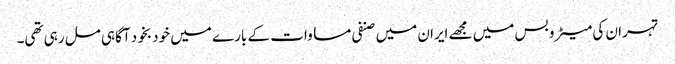
تہران کی میٹرو بس میں مجھے ایران میں صنفی مساوات کے بارے میں خود بخود آگاہی مل رہی تھی۔